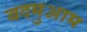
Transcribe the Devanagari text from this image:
बदमुआम